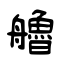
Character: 艪